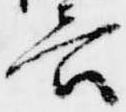
言